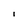
Character: i